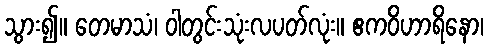
သွား၍။ တေမာသံ၊ ဝါတွင်းသုံးလပတ်လုံး။ ဧကဝိဟာရိနော၊